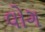
વોગ